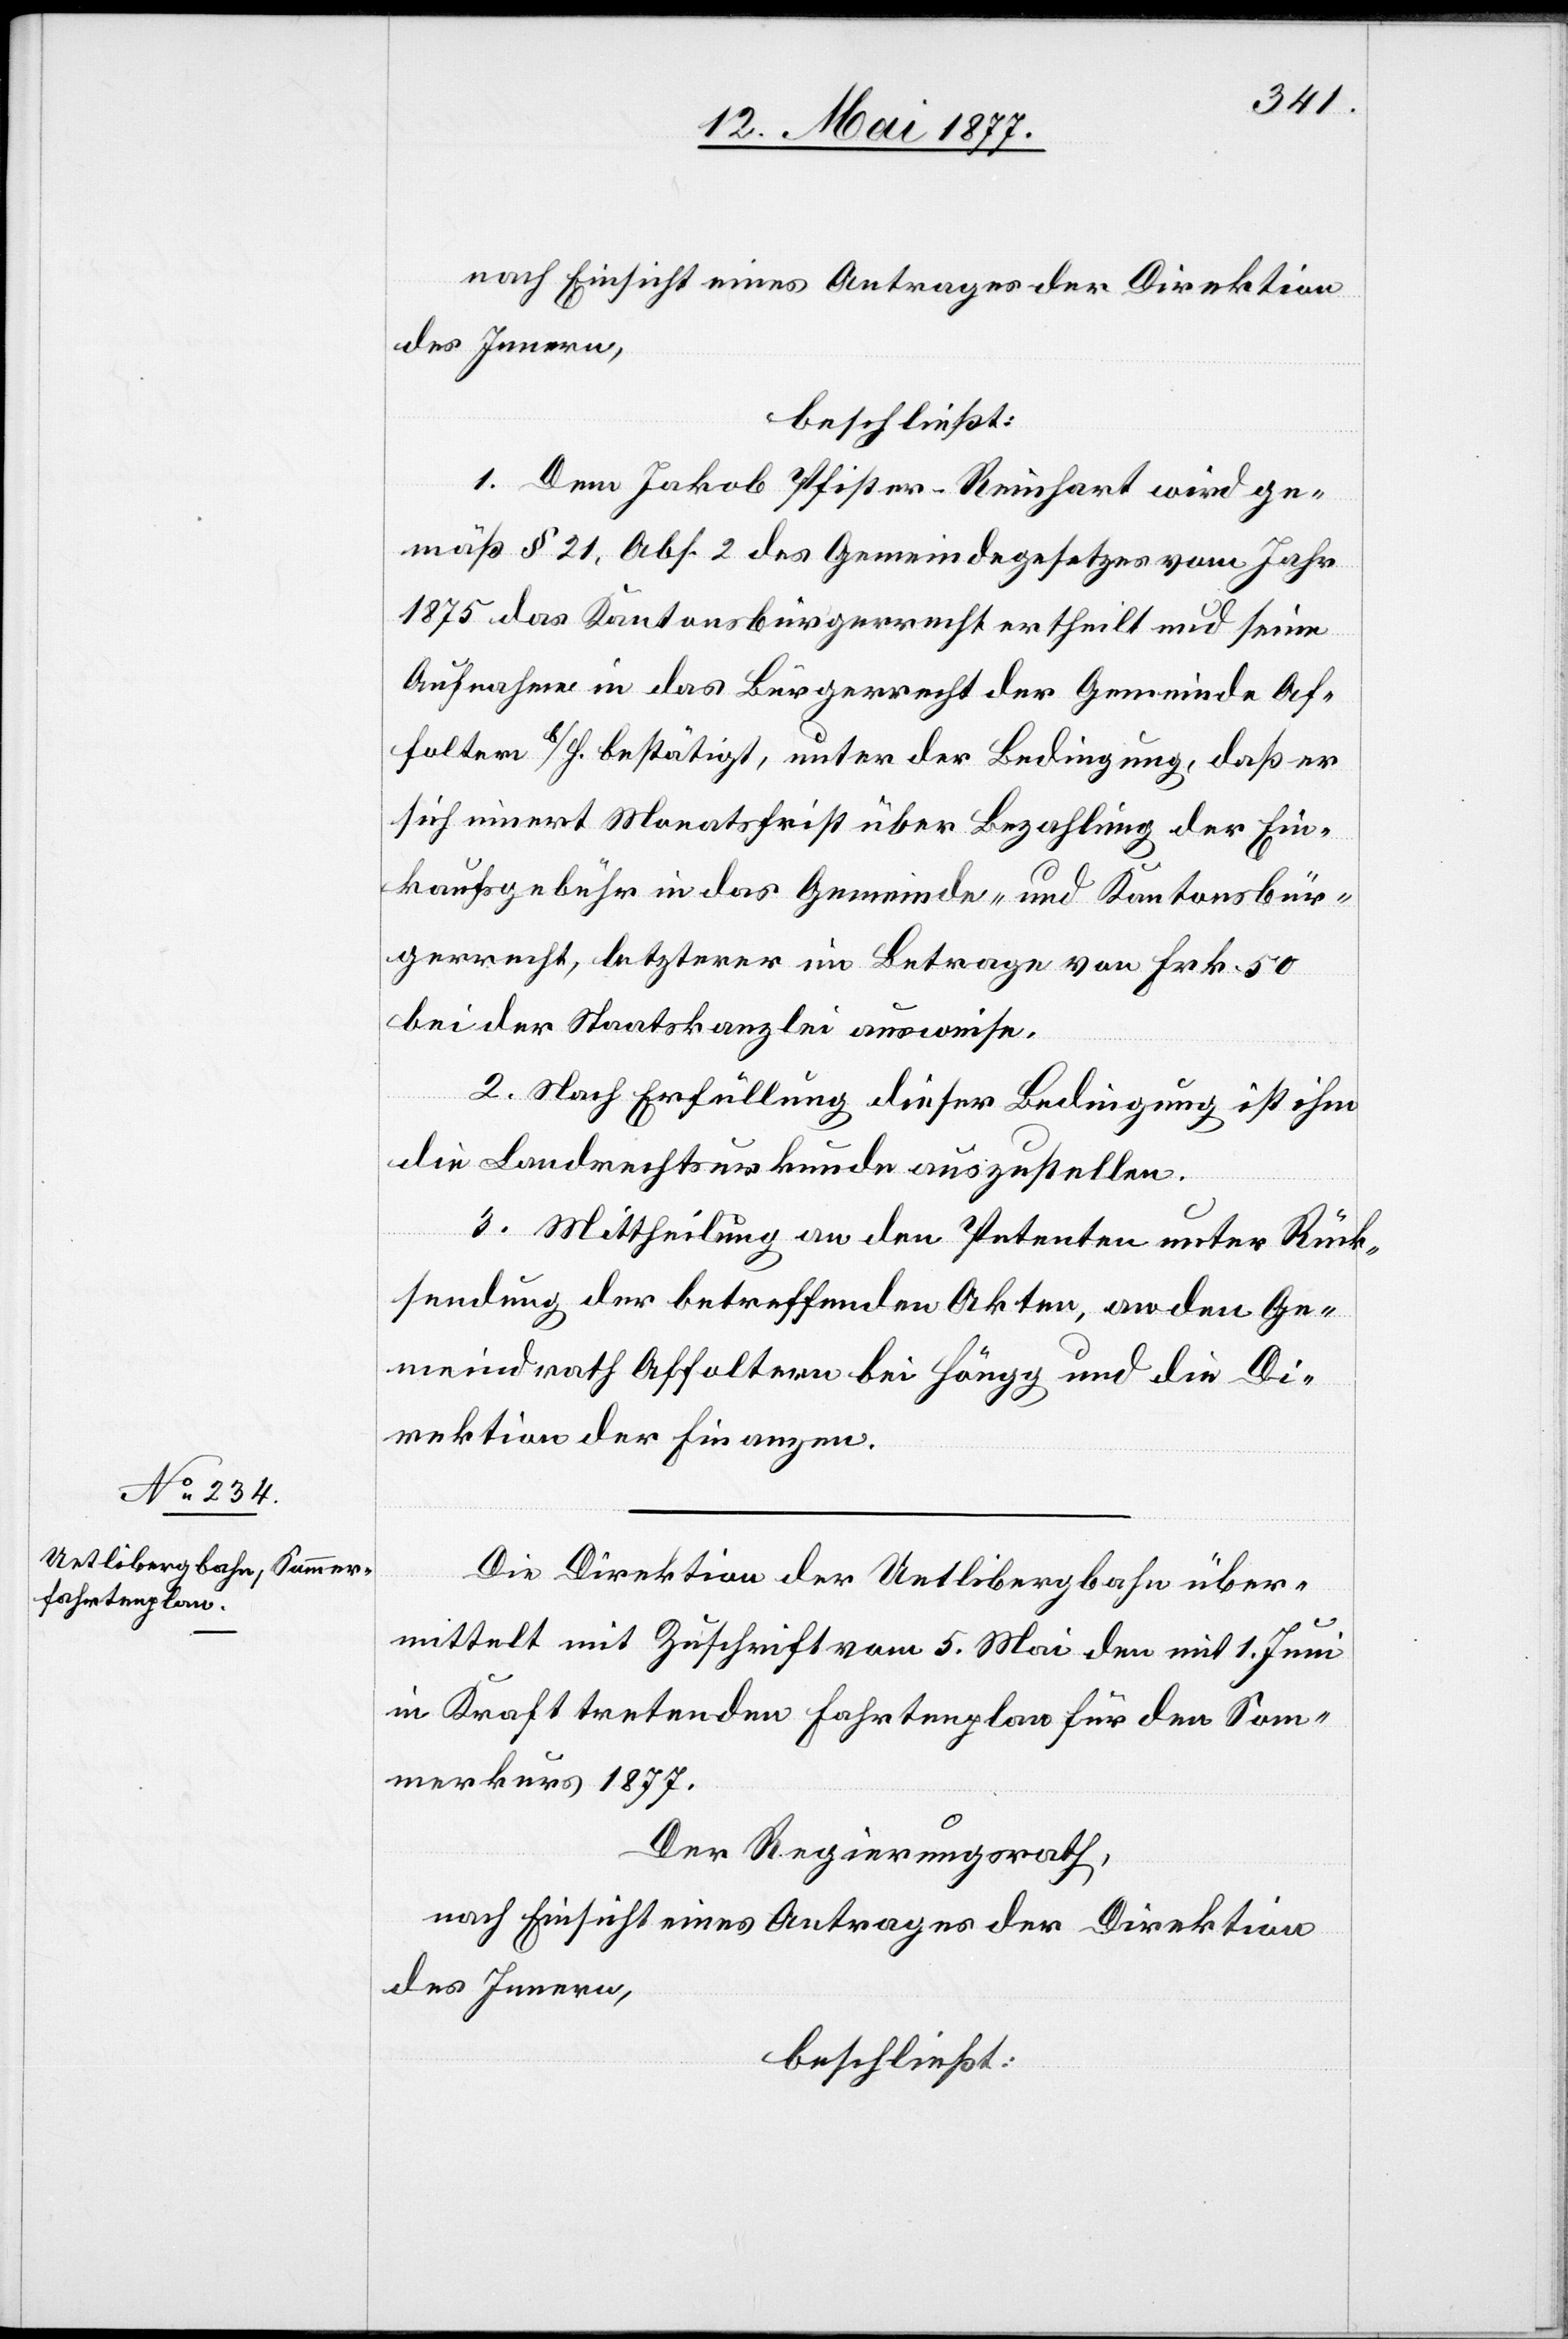
nach Einsicht eines Antrages der Direktion
des Innern,
beschließt:
Dem Jakob Pfister-Reinhart wird ge¬
mäß § 21, Abs. 2 des Gemeindegesetzes vom Jahr
1875 das Kantonsbürgerrecht ertheilt und seine
Aufnahme in das Bürgerrecht der Gemeinde Af¬
foltern b/H. bestätigt, unter der Bedingung, daß er
sich innert Monatsfrist über Bezahlung der Ein¬
kaufsgebühr in das Gemeinde- und Kantonsbür¬
gerrecht, letzterer im Betrage von Frk. 50
bei der Staatskanzlei ausweise.
2. Nach Erfüllung dieser Bedingung ist ihm
die Landrechtsurkunde auszustellen.
3. Mittheilung an den Petenten unter Rück¬
sendung der betreffenden Akten, an den Ge¬
meindrath Affoltern bei Höngg und die Di¬
rektion der Finanzen.
Die Direktion der Uetlibergbahn über¬
mittelt mit Zuschrift vom 5. Mai den mit 1. Juni
in Kraft tretenden Fahrtenplan für den Som¬
merkurs 1877.
Der Regierungsrath,
nach Einsicht eines Antrages der Direktion
des Innern,
beschließt: